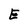
Character: E